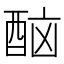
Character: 𨠯